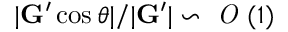
| \mathbf { G } ^ { \prime } \cos \theta | / | \mathbf { G } ^ { \prime } | \backsim \textit { O } ( 1 )